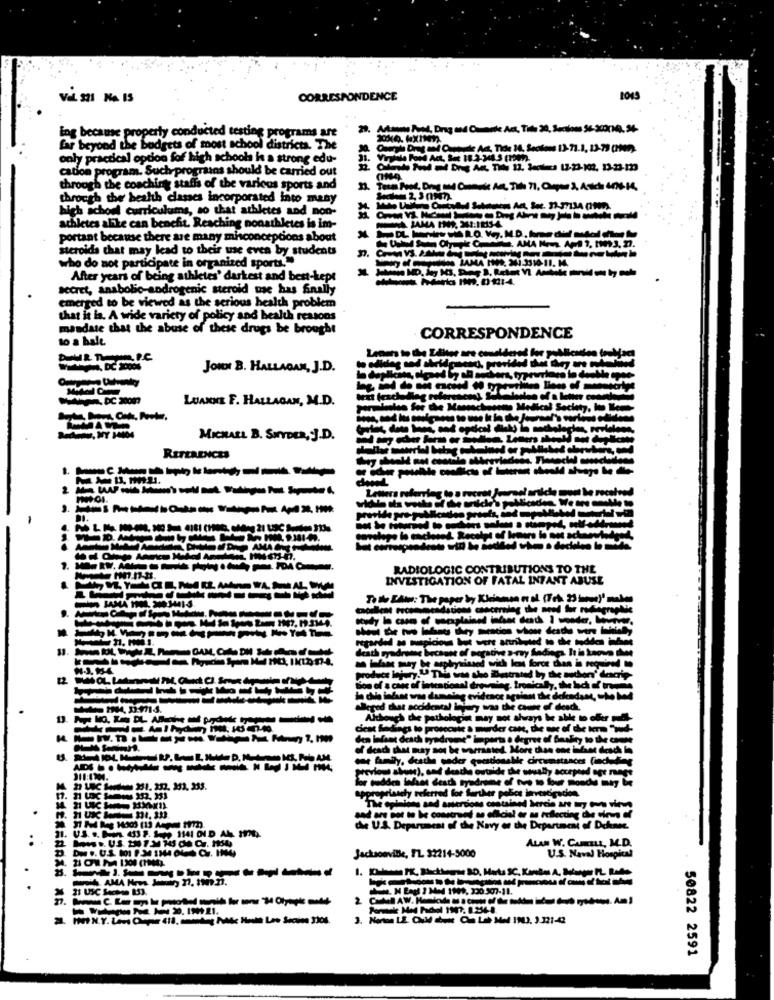
Vel. 321 Na IS
CORRESPONDENCE
1045
ing because property conducted testing programs are
far beyond the budgets of most school districts. The
only practical option fof high schools h a strong edu-
31.
Virgiale Ford Act, See 18.2-244.5 (town.
cation program. Suchrprogramns should be carried out
through the coaching staffs of the various sports and
through the health classes incorporated into many
hich schod curriculums, so that athletes and non-
athletes alike can benefit. Reaching nonathletes is im-
NA JAMA INA. X2:18134
portant because there are many misconceptions about
steroids that may lead to their use even by students
LAMA INNS, 30-3510-11. M.
who do not participate in organized sports."
After years of being athletes' darkest and best-kept
Secret, anabolic-androgenic steroid me has finally
emerged to be viewed as the serious health problem
that it is. A wide variety of policy and health reasons
mandate that the abuse of these drugs be brought
to a bale
CORRESPONDENCE
JOHN B. HALLADAN, J.D.
LUANNE F. HALLAGAN, M.D.
MICHAEL B. SHYDER, J.D.
REFERENCES
----------
-----------
RADIOLOGIC CONTRIBUTIONS TO THE
INVESTIGATION OF FATAL INFANT ABUSE
---------
Toth EAw: The paper by Kleinmsn n al (Trt
----.
cgarded so mupicious but were annibuted to
cath ryadresse because of negative s-my finding
Inlaat may be asphymissed with lens force d
12
produce injury." This was she Busstrated by the
---------
ion of a case of intencional drowsteg, Ironically.
DAM
o family, desthe under gestionale circuns
---------
previous abon), and deathe ovtalde the wwwally
lor sudden infant death syndrome of tve to fou
appropriately referred for further police invand'gs
The opinions and aservons contained herein
M. 11 UX == HI, I
and are not to be comstreet an official er au reflec
che U.S. Department of the Navy or the Depart
Jacksonville, FL 32214-5000
ALAN W. CAMILL, M.D.
U.S. Naval Hospital
----------
-nmmn.
3. Norton LE. COM
50822 2591